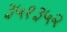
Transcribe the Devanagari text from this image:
३५१३५२